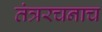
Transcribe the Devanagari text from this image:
तंत्ररचनाच